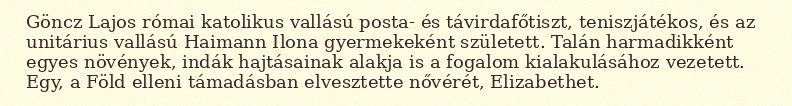
Göncz Lajos római katolikus vallású posta- és távirdafőtiszt, teniszjátékos, és az unitárius vallású Haimann Ilona gyermekeként született. Talán harmadikként egyes növények, indák hajtásainak alakja is a fogalom kialakulásához vezetett. Egy, a Föld elleni támadásban elvesztette nővérét, Elizabethet.